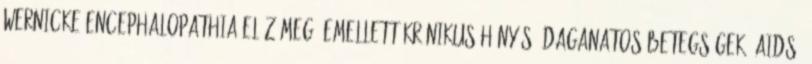
Wernicke-encephalopathia előz meg. Emellett krónikus hányás, daganatos betegségek, AIDS,